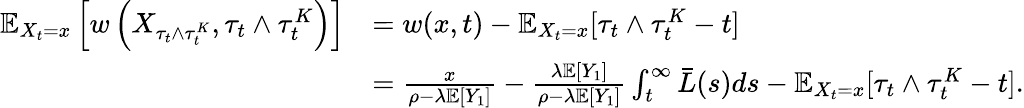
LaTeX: \begin{array}{rl}{\mathbb{E}_{X_{t}=x}\left[w\left(X_{\tau_{t}\wedge\tau_{t}^{K}},\tau_{t}\wedge\tau_{t}^{K}\right)\right]}&{=w(x,t)-\mathbb{E}_{X_{t}=x}[\tau_{t}\wedge\tau_{t}^{K}-t]}\\ &{=\frac{x}{\rho-\lambda\mathbb{E}[Y_{1}]}-\frac{\lambda\mathbb{E}[Y_{1}]}{\rho-\lambda\mathbb{E}[Y_{1}]}\int_{t}^{\infty}\bar{L}(s)ds-\mathbb{E}_{X_{t}=x}[\tau_{t}\wedge\tau_{t}^{K}-t].}\end{array}